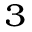
^ 3